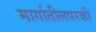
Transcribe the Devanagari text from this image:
मार्गातीलपरकी